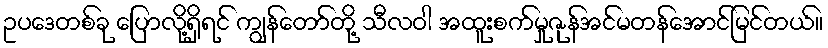
ဥပဒေတစ်ခု ပြောလို့ရှိရင် ကျွန်တော်တို့ သီလဝါ အထူးစက်မှုဇုန်အင်မတန်အောင်မြင်တယ်။